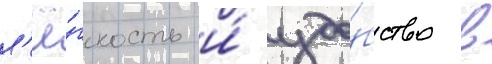
л'ё́гкость и́ удо́бство в